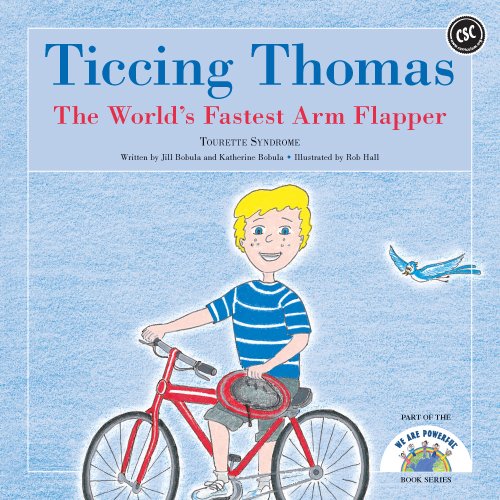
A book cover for Ticcing Thomas, The World's Fastest Arm Flapper, Tourette Syndrome; Jill Bobula; Health, Fitness & Dieting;